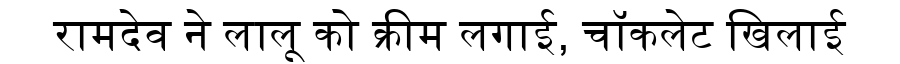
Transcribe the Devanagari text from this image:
रामदेव ने लालू को क्रीम लगाई, चॉकलेट खिलाई